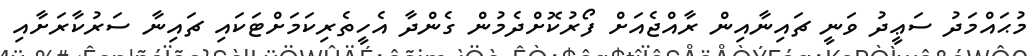
މުޙައްމަދު ސަޢީދު ވަނީ ޗައިނާއިން ރާއްޖެއަށް ފޯރުކޮށްދެމުން ގެންދާ އެހީތެރިކަމަށްޓަކައި ޗައިނާ ސަރުކާރަށާއި